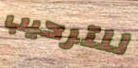
للترحيب